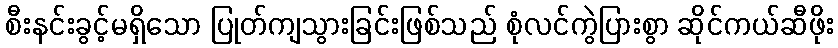
စီးနင်းခွင့်မရှိသော ပြုတ်ကျသွားခြင်းဖြစ်သည် စုံလင်ကွဲပြားစွာ ဆိုင်ကယ်ဆီဖိုး